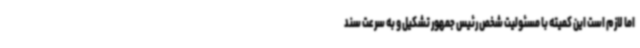
اما لازم است این کمیته با مسئولیت شخص رئیس جمهور تشکیل و به سرعت سند